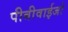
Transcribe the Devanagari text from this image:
पीबीवाईजो